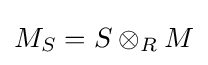
M_{S}=S\otimes _{R}M